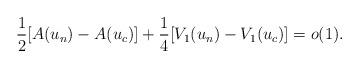
LaTeX: \begin{align*}\frac{1}{2}[A(u_{n})-A(u_{c})]+\frac{1}{4}[V_{1}(u_{n})-V_{1}(u_{c})]=o(1).\end{align*}